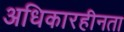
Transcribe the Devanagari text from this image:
अधिकारहीनता